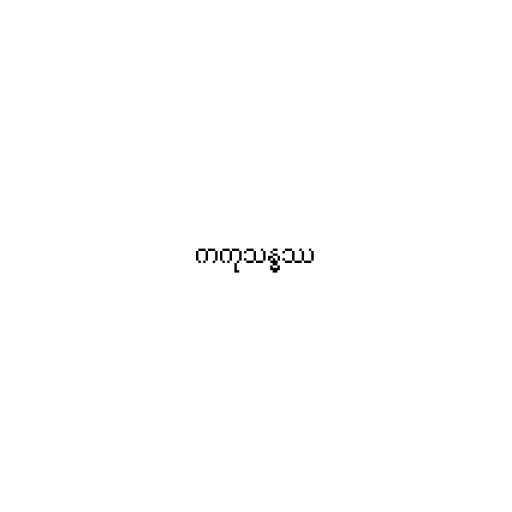
ကကုသန္ဓဿ